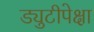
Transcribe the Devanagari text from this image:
ड्युटीपेक्षा